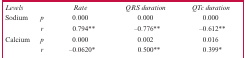
| Levels |  | Rate | QRS duration | QTc duration |
 | --- | --- | --- | --- | --- |
 | <ROWSPAN=2> Sodium | p | 0.000 | 0.000 | 0.000 |
 | r | 0.794** | –0.776** | –0.612** |
 | <ROWSPAN=2> Calcium | p | 0.000 | 0.002 | 0.016 |
 | r | –0.0620* | 0.500** | 0.399* |